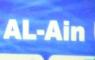
al-ain